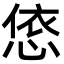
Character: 㥋